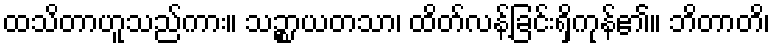
ထသိတာဟူသည်ကား။ သဉ္စာယတသာ၊ ထိတ်လန့်ခြင်းရှိကုန်၏။ ဘိတာတိ၊